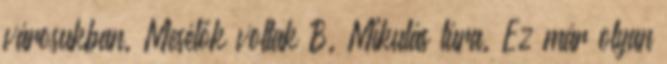
városukban. Mesélők voltak B. Mikulás túra. Ez már olyan